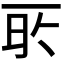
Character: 𬻔